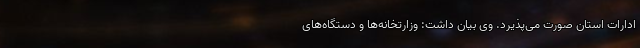
ادارات استان صورت می‌پذیرد. وی بیان داشت: وزارتخانه‌ها و دستگاه‌های